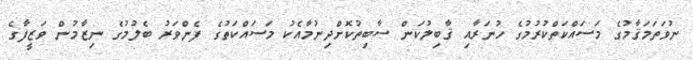
ނުވަތަމަޤާމުގެ މަސައްކަތްކުރުމުގެ ހުނަރާއި ޤާބިލުކަން ސާބިތުކޮށްދިނުމާއެކު މަސައްކަތުގެ ފެންވަރު ބެލުމުގެ ނިޒާމުން ވަޒީފާގެ